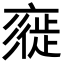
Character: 𢒲